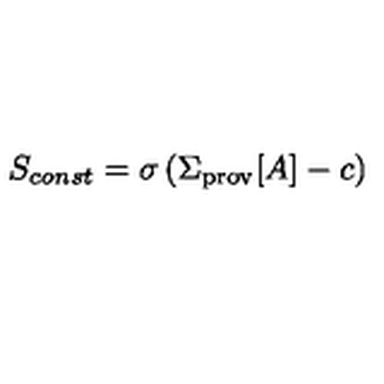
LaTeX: S _ { c o n s t } = \sigma \left( \Sigma _ { \mathrm { p r o v } } [ A ] - c \right)